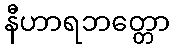
နီဟာရဘတ္တော